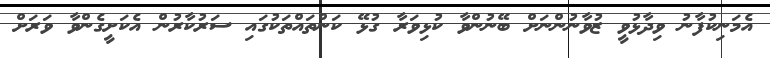
އެމަނިކުފާނު ވިދާޅުވީ ޒުވާނުންނަށް ބޭނުންވާ ކުޅިވަރާ ގުޅޭ ކަންތައްތަކުގައި ސަރުކާރުން އެކަށީގެންވާ ވަރަށް